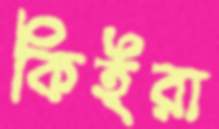
কিইরা